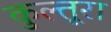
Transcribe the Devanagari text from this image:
कुल्तूरा